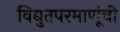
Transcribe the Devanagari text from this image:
विद्युतपरमाणूंची